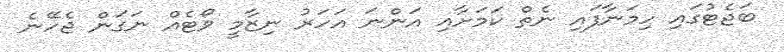
ބަޖެޓުގައި ހިމަނާފައި ނެތް ކަމަށާއި އަންނަ އަހަރު ނިޒާމީ ވޯޓެއް ނަގަން ޖެހޭނެ